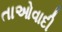
તાઓવાદી